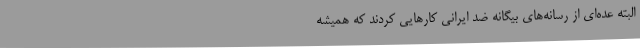
البته عده‌ای از رسانه‌های بیگانه ضد ایرانی کارهایی کردند که همیشه